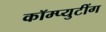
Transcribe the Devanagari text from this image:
कॉम्प्युटींग